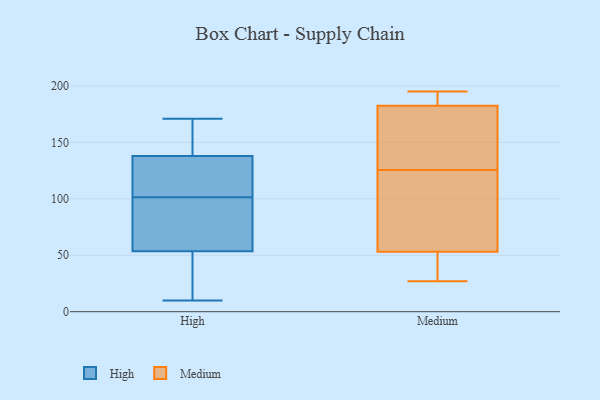
{"axis": {"x": "Operating Costs (USD K)", "y": "Value"}, "legend": ["High", "Medium"], "data": [{"x": "", "y": 24, "type": "High"}, {"x": "", "y": 85, "type": "High"}, {"x": "", "y": 93, "type": "High"}, {"x": "", "y": 129, "type": "High"}, {"x": "", "y": 152, "type": "High"}, {"x": "", "y": 94, "type": "High"}, {"x": "", "y": 51, "type": "High"}, {"x": "", "y": 41, "type": "High"}, {"x": "", "y": 156, "type": "High"}, {"x": "", "y": 138, "type": "High"}, {"x": "", "y": 171, "type": "High"}, {"x": "", "y": 132, "type": "High"}, {"x": "", "y": 141, "type": "High"}, {"x": "", "y": 138, "type": "High"}, {"x": "", "y": 56, "type": "High"}, {"x": "", "y": 85, "type": "High"}, {"x": "", "y": 109, "type": "High"}, {"x": "", "y": 136, "type": "High"}, {"x": "", "y": 10, "type": "High"}, {"x": "", "y": 33, "type": "High"}, {"x": "", "y": 55, "type": "Medium"}, {"x": "", "y": 186, "type": "Medium"}, {"x": "", "y": 151, "type": "Medium"}, {"x": "", "y": 89, "type": "Medium"}, {"x": "", "y": 195, "type": "Medium"}, {"x": "", "y": 100, "type": "Medium"}, {"x": "", "y": 40, "type": "Medium"}, {"x": "", "y": 179, "type": "Medium"}, {"x": "", "y": 51, "type": "Medium"}, {"x": "", "y": 194, "type": "Medium"}, {"x": "", "y": 174, "type": "Medium"}, {"x": "", "y": 27, "type": "Medium"}]}